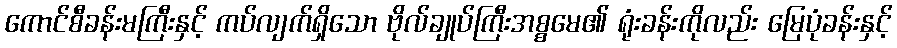
ကောင်စီခန်းမကြီးနှင့် ကပ်လျက်ရှိသော ဗိုလ်ချုပ်ကြီးအစ္စမေ၏ ရုံးခန်းကိုလည်း မြေပုံခန်းနှင့်